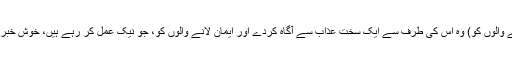
ہر لحاظ سے ٹھیک اور سیدھی تاکہ (جھٹلانے والوں کو) وہ اُس کی طرف سے ایک سخت عذاب سے آگاہ کردے اور ایمان لانے والوں کو، جو نیک عمل کر رہے ہیں، خوش خبری سنا دے کہ اُن کے لیے بہت اچھا اجر ہے۔